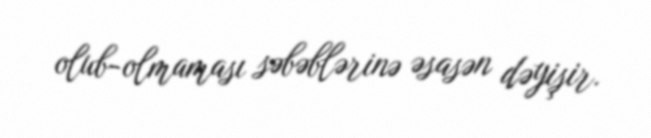
olub-olmaması səbəblərinə əsasən dəyişir.